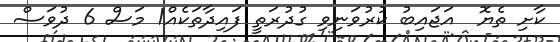
ކާށި ތެޔޮ  އަޖައިބު ކުރުވަނިވި ގުދުރަތީ ފައިދާތަކެއް1 މަސް 6 ދުވަސް